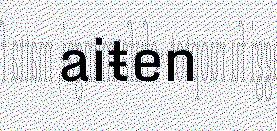
aiŧen